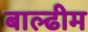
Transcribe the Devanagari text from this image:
बाल्ढीम